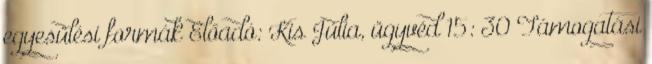
egyesülési formák Előadó: Kis Júlia, ügyvéd 15: 30 Támogatási